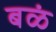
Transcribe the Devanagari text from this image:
बळं